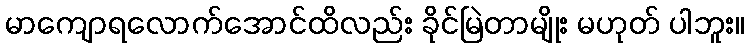
မာကျောရလောက်အောင်ထိလည်း ခိုင်မြဲတာမျိုး မဟုတ် ပါဘူး။